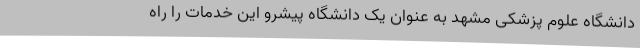
دانشگاه علوم پزشکی مشهد به عنوان یک دانشگاه پیشرو این خدمات را راه